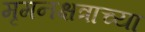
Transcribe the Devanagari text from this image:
मृगनक्षत्राच्या